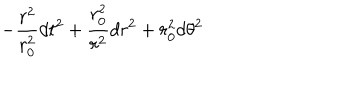
- { \frac { r ^ { 2 } } { r _ { 0 } ^ { 2 } } } d t ^ { 2 } + { \frac { r _ { 0 } ^ { 2 } } { r ^ { 2 } } } d r ^ { 2 } + r _ { 0 } ^ { 2 } d \theta ^ { 2 }